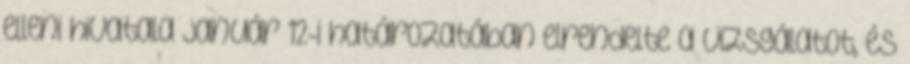
elleni hivatala január 12-i határozatában elrendelte a vizsgálatot, és